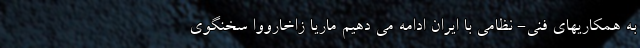
به همکاریهای فنی- نظامی با ایران ادامه می دهیم ماریا زاخارووا سخنگوی